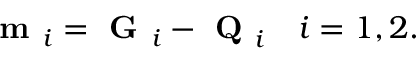
\textbf { m } _ { i } = \textbf { G } _ { i } - \textbf { Q } _ { i } \quad i = 1 , 2 .